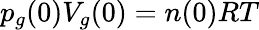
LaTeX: p_{g}(0)V_{g}(0)=n(0)RT